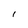
Character: 1